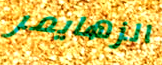
الزهايمر